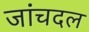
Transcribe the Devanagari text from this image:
जांचदल